Report on vaccination in the Province of Bengal - 1869-1873
Year: 1869
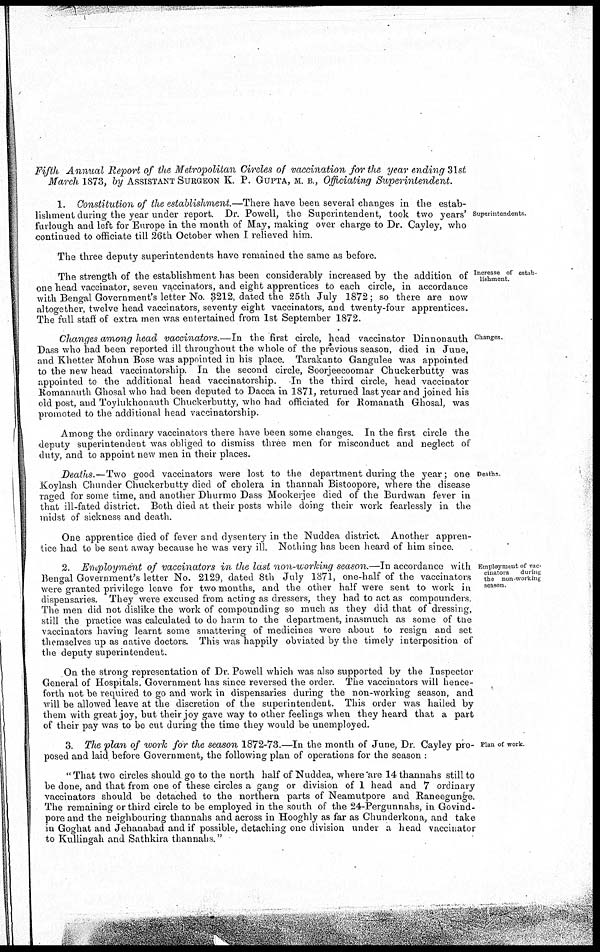
Fifth Annual Report of the Metropolitan Circles of vaccination for the year ending 31st
March 1873, by ASSISTANT SURGEON K. P. GUPTA, M. B., Officiating
Superintendent.
Superintendents.
1. Constitution of the establishment.—There have been several changes in the estab-
lishment during the year under report. Dr. Powell, the Superintendent, took two years'
furlough and left for Europe in the month of May, making over charge to Dr. Cayley, who
continued to officiate till 26th October when I relieved him.
The three deputy superintendents have remained the same as before.
Increase of estab-
lishment
The strength of the establishment has been considerably increased by the addition of
one head vaccinator, seven vaccinators, and eight apprentices to each circle, in accordance
with Bengal Government's letter No. 3212, dated the 25th July 1872; so there are now
altogether, twelve head vaccinators, seventy eight vaccinators, and twenty-four apprentices.
The full staff of extra men was entertained from 1st September 1872.
Changes.
Changes among head vaccinators.—In
the first circle, head vaccinator Dinnonauth
Dass who had been reported ill throughout the whole of the previous season, died in June,
and Khetter Mohun Bose was appointed in his place. Tarakanto Gangulee was appointed
to the new head vaccinatorship. In the second circle, Soorjeecoomar Chuckerbutty was
appointed to the additional head vaccinatorship. In the third circle, head vaccinator
Romanauth Ghosal who had been deputed to Dacca in 1871, returned last year and joined his
old post, and Toylukhonauth Chuckerbutty, who had officiated for Romanath Ghosal, was
promoted to the additional head vaccinatorship.
Among the ordinary vaccinators there have been some changes. In the first circle the
deputy superintendent was obliged to dismiss three men for misconduct and neglect of
duty, and to appoint new men in their places.
Deaths
Deaths.—Two good vaccinators were lost to the department during the year; one
Koylash Chunder Chuckerbutty died of cholera in thannah Bistoopore, where the disease
raged for some time, and another Dhurmo Dass Mookerjee died of the Burdwan fever in
that ill-fated district. Both died at their posts while doing their work fearlessly in the
midst of sickness and death.
One apprentice died of fever and dysentery in the Nuddea district. Another appien¬
tice had to be sent away because he was very ill. Nothing has been heard of him since.
Employment of vac-
cinators
during
the non-working
season.
2. Employment of vaccinators in the last non-working season.—In accordance with
Bengal Government's letter No. 2129, dated 8th July 1871, one-half of the vaccinators
were granted privilege leave for two months, and the other half were sent to work in
dispensaries. They were excused from acting as dressers, they had to act as compounders
The men did not dislike the work of compounding so much as they did that of dressing,
still the practice was calculated to do harm to the department, inasmuch as some of the
vaccinators having learnt some smattering of medicines were about to resign and set
themselves up as native doctors. This was happily obviated by the timely interposition of
the deputy superintendent.
On the strong representation of Dr. Powell which was also supported by the Inspector
General of Hospitals. Government has since reversed the order. The vaccinators will hence-
forth not be required to go and work in dispensaries during the non-working season, and
will be allowed leave at the discretion of the superintendent. This order was hailed by
them with great joy, but their joy gave way to other feelings when they heard that a part
of their pay was to be cut during the time they would be unemployed.
Plan of work
3. The plan of work for the season 1872-73.—In the month of June, Dr. Cayley pro-
posed and laid before Government, the following plan of operations for the season :
"That two circles should go to the north half of Nuddea, where are 14thannahs still to
be done, and that from one of these circles a gang or division of 1 head and 7 ordinary
vaccinators should be detached to the northern parts of Neamutpore and Raneegunge.
The remaining or third circle to be employed in the south of the 24-Pergunnahs, in Govind¬
pore and the neighbouring thannahs and across in Hooghly as far as Chunderkona, and take
in Goghat and Jehanabad and if possible, detaching one division under a head vaccinator
to Kullingah and Sathkira thannahs."